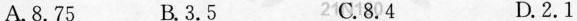
A.8.75 B.3.5 2C.8.4 D.2.1